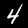
Digit: 4